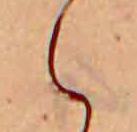
え